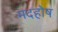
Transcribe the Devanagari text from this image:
मदहोष